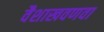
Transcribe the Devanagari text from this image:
वैशाखवणवा